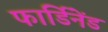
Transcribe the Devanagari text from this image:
फार्डिनेंड